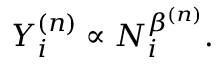
\begin{array} { r } { Y _ { i } ^ { ( n ) } \propto N _ { i } ^ { \beta ^ { ( n ) } } . } \end{array}